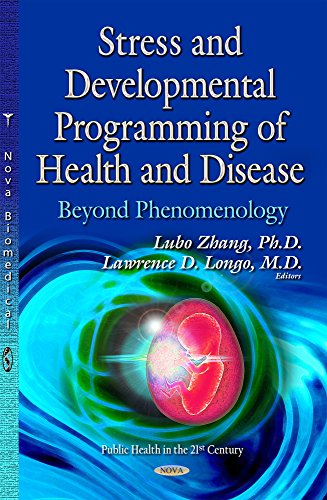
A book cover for Stress and Developmental Programming of Health and Disease: Beyond Phenomenology (Public Health in the 21st Century); Lubo, Ph.d. Zhang; Medical Books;